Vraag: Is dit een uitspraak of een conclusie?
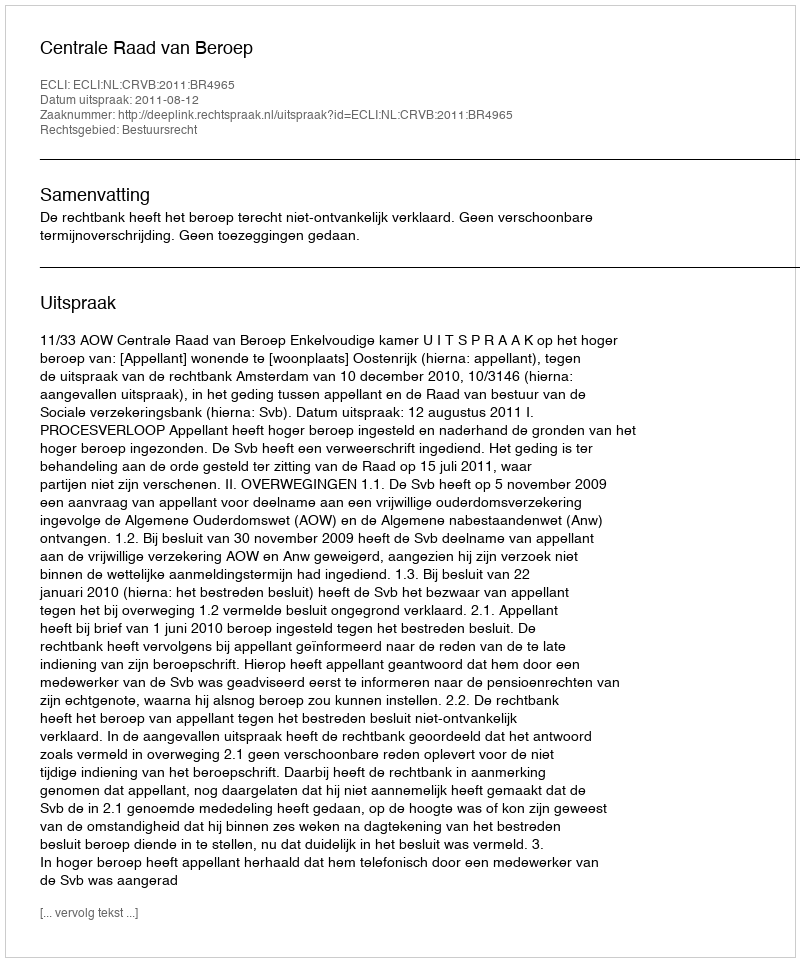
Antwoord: Uitspraak